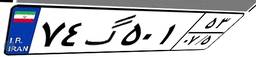
۷۴گ۵۰۱۵۳